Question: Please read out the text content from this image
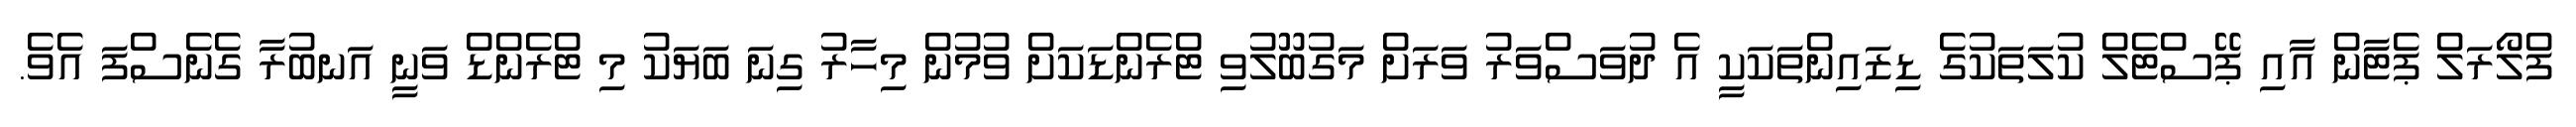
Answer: ފްލޯރަލް ޕެޓާން އާއި ޕޭސްޓެލް ކުލަތަކުގެ ޑިޒައިންތަކަކީ އެ ދުވަސްވަރު ވަރަށް މަގުބޫލުވި ޓްރެންޑަކަށް ވުމުން މިހާރު ގިނަ ބަޔަކު މި ޓްރެންޑް ވަނީ އަނބުރާ ގެނެސްފަ އެވެ.